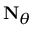
\mathbf { N } _ { \theta }